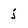
Character: j